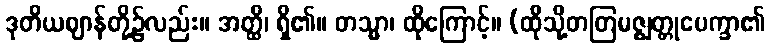
ဒုတိယဈာန်တို့၌လည်း။ အတ္ထိ၊ ရှိ၏။ တသ္မာ၊ ထိုကြောင့်။ (ထိုသို့တတြမဇ္ဈတ္တုပေက္ခာ၏